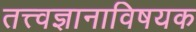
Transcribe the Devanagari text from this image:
तत्त्वज्ञानाविषयक